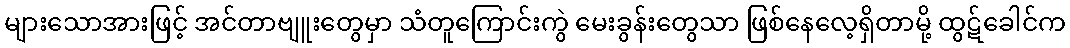
များသောအားဖြင့် အင်တာဗျူးတွေမှာ သံတူကြောင်းကွဲ မေးခွန်းတွေသာ ဖြစ်နေလေ့ရှိတာမို့ ထွဋ်ခေါင်က